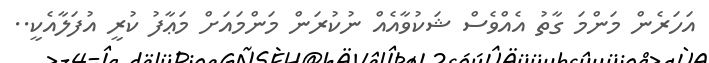
އަހަރެން މަންމަ ގާތު އެއްވެސް ޝަކުވާއެއް ނުކުރަން މަންމައަށް މަޢާފު ކުރީ އުފަލާއެކީ..